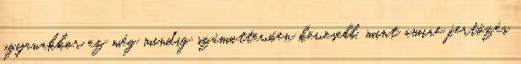
ugyanakkor ez még mindig számottevően kevesebb, mint amire fertőzés